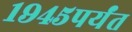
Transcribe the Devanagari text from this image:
१९४५पर्यंत